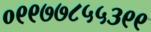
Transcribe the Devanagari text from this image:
०९९७७८५५३९९